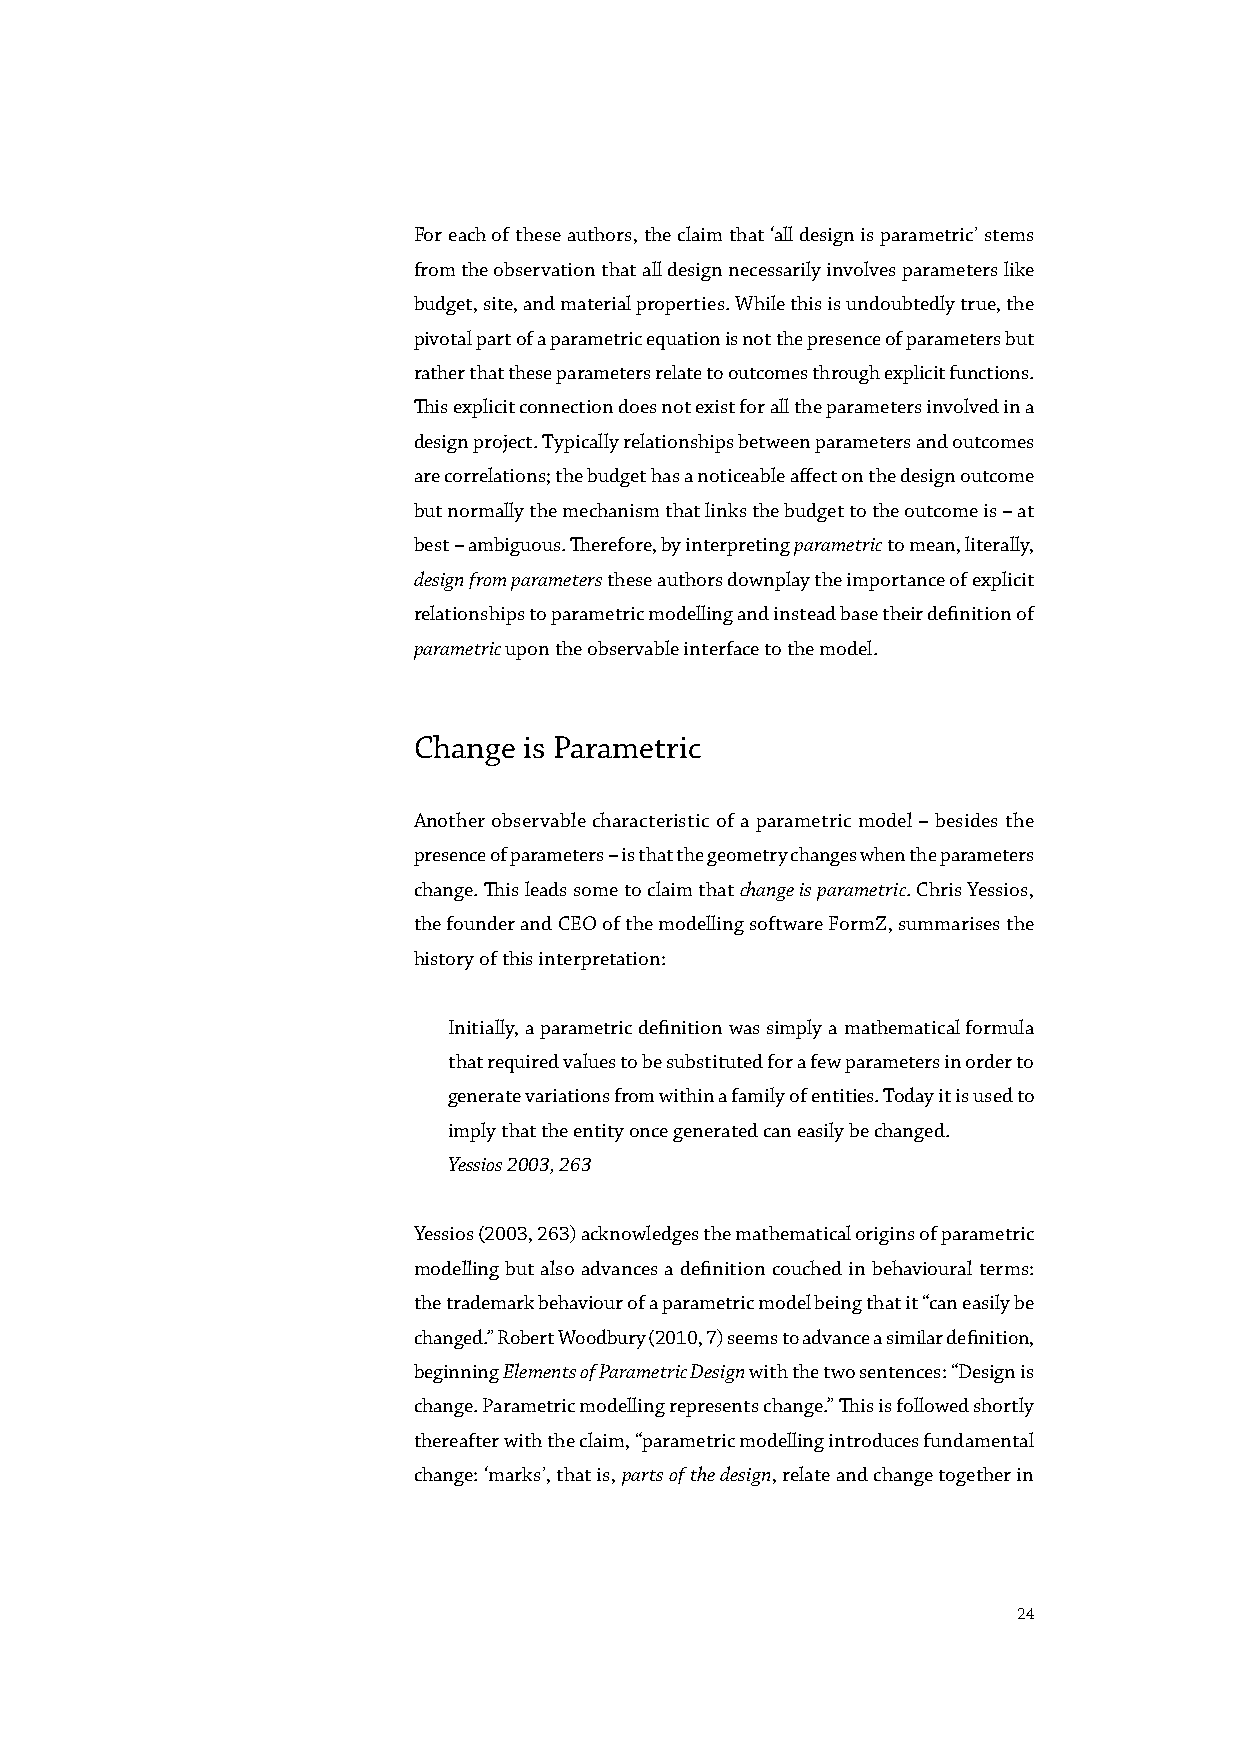
For each of these authors, the claim that ‘all design is parametric’ stems
 from the observation that all design necessarily involves parameters like
 budget, site, and material properties. While this is undoubtedly true, the
 pivotal part of a parametric equation is not the presence of parameters but
 rather that these parameters relate to outcomes through explicit functions.
 This explicit connection does not exist for all the parameters involved in a
 design project. Typically relationships between parameters and outcomes
 are correlations; the budget has a noticeable affect on the design outcome
 but normally the mechanism that links the budget to the outcome is – at
 best – ambiguous. Therefore, by interpreting parametric to mean, literally,
 design from parameters these authors downplay the importance of explicit
 relationships to parametric modelling and instead base their definition of
 parametric upon the observable interface to the model.
 Change  is Parametric
 Another observable characteristic of a parametric model – besides the
 presence of parameters – is that the geometry changes when the parameters
 change. This leads some to claim that change is parametric. Chris Yessios,
 the founder and CEO of the modelling software FormZ, summarises the
 history of this interpretation:
 Initially, a parametric definition was simply a mathematical formula
 that required values to be substituted for a few parameters in order to
 generate variations from within a family of entities. Today it is used to
 imply that the entity once generated can easily be changed.
 Yessios 2003, 263
 Yessios (2003, 263) acknowledges the mathematical origins of parametric
 modelling but also advances a definition couched in behavioural terms:
 the trademark behaviour of a parametric model being that it “can easily be
 changed.” Robert Woodbury (2010, 7) seems to advance a similar definition,
 beginning Elements of Parametric Design with the two sentences: “Design is
 change. Parametric modelling represents change.” This is followed shortly
 thereafter with the claim, “parametric modelling introduces fundamental
 change: ‘marks’, that is, parts of the design, relate and change together in
 24